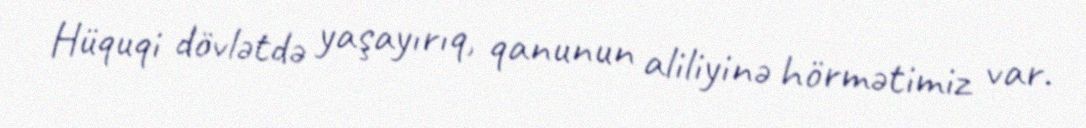
Hüquqi dövlətdə yaşayırıq, qanunun aliliyinə hörmətimiz var.